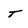
Character: T